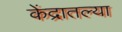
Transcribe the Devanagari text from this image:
केंद्रातल्या